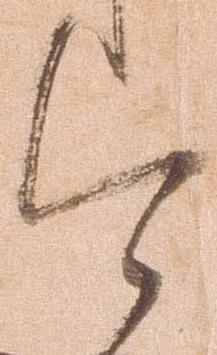
今